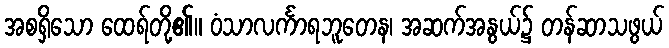
အစရှိသော ထေရ်တို့၏။ ဝံသာလင်္ကာရဘူတေန၊ အဆက်အနွယ်၌ တန်ဆာသဖွယ်